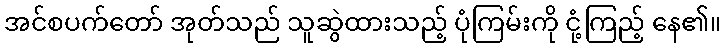
အင်စပက်တော် အုတ်သည် သူဆွဲထားသည့် ပုံကြမ်းကို ငုံ့ကြည့် နေ၏။